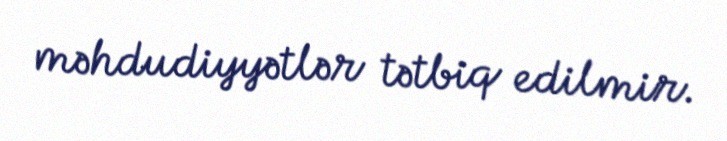
məhdudiyyətlər tətbiq edilmir.